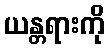
ယန္တရားကို